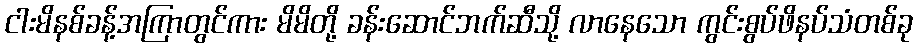
ငါးမိနစ်ခန့်အကြာတွင်ကား မိမိတို့ ခန်းဆောင်ဘက်ဆီသို့ လာနေသော ကွင်းစွပ်ဖိနပ်သံတစ်ခု